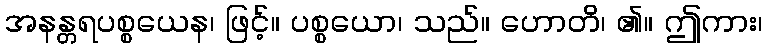
အနန္တရပစ္စယေန၊ ဖြင့်။ ပစ္စယော၊ သည်။ ဟောတိ၊ ၏။ ဤကား၊